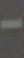
-